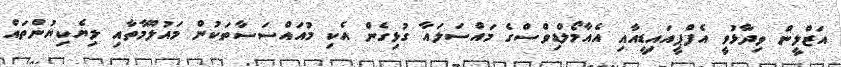
އަޒްލީން ވިދާޅުވީ އެފްޕީއައިޑީއާއި އެއާމޯލްޑިވްސްގެ މައްސަލައާ ގުޅިގެން އެކި މުއައްސަސާތަކުން މައުލޫމާތާއި ލިޔެކިޔުންތައް